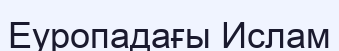
Еуропадағы Ислам